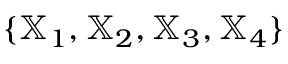
\{ { \mathbb X } _ { 1 } , { \mathbb X } _ { 2 } , { \mathbb X } _ { 3 } , { \mathbb X } _ { 4 } \}